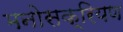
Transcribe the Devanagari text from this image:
मनोसक्रियण